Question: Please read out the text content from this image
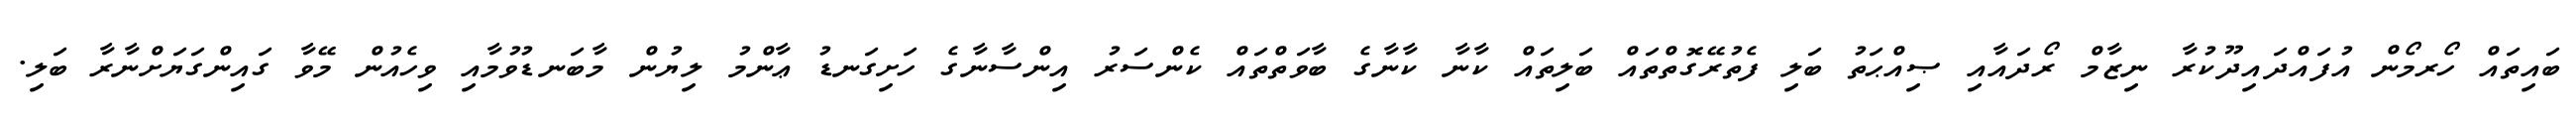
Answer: ބައިތައް ހޯރމޯން އުފައްދައިދޫކުރާ ނިޒާމް ރޯދައާއި ޞިއްޙަތު ބަލި ފެތުރޭގޮތްތައް ބަލިތައް ކާނާ ކާނާގެ ބާވަތްތައް ކެންސަރު އިންސާނާގެ ހަށިގަނޑު ޢާންމު ލިޔުން މާބަނޑުވުމާއި ވިހެއުން މޭވާ ގައިންގަޔަށްނާރާ ބަލި.